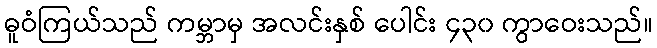
ဓူဝံကြယ်သည် ကမ္ဘာမှ အလင်းနှစ် ပေါင်း ၄၃၀ ကွာဝေးသည်။